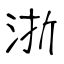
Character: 浙